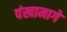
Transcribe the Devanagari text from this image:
पंखामागे